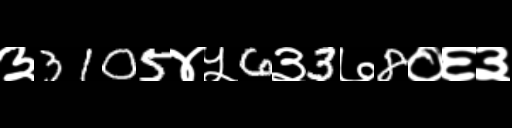
Text: ३3105४५6३3७8०६३